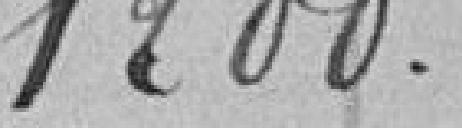
1200